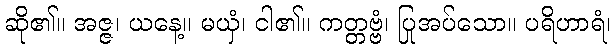
ဆို၏။ အဇ္ဇ၊ ယနေ့။ မယှံ၊ ငါ၏။ ကတ္တဗ္ဗံ၊ ပြုအပ်သော။ ပရိဟာရံ၊